Report of the Indian Hemp Drugs Commission, 1894-1895 - Volume II
Year: 1894
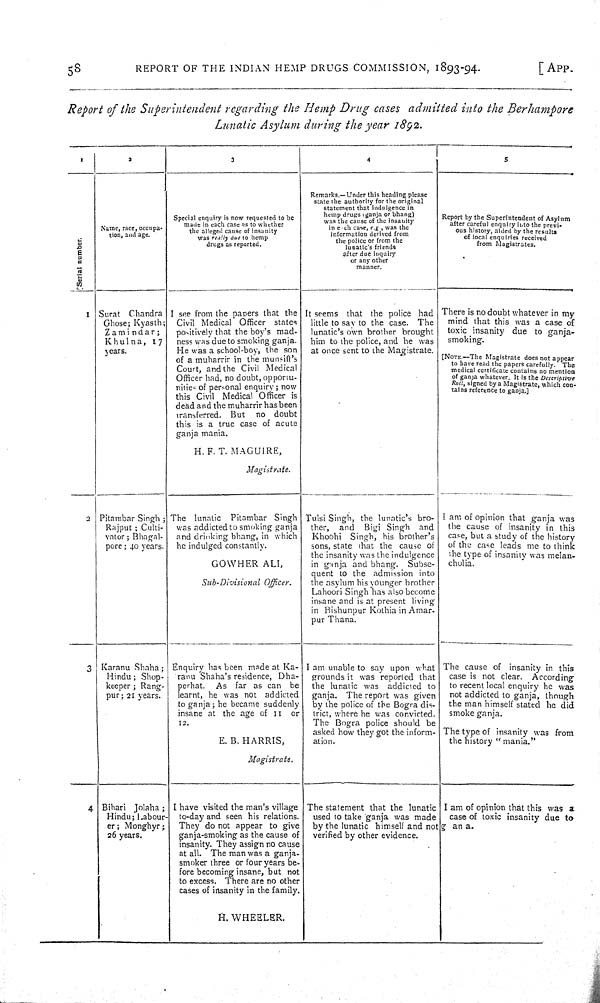
58
REPORT OF THE INDIAN HEMP DRUGS COMMISSION, 1893-94.
[APP.
Report of the Superintendent regarding the Hemp Drug cases admitted into the Berhampore
Lunatic Asylum during the year 1892.
1
2
3
4
5
Serial number.
Name, race, occupa-
tion, and age.
Special enquiry is now requested to be
made in each case as to whether
the alleged cause of insanity
was really due to hemp
drugs as reported.
Remarks.—Under this heading please
state the authority for the original
statement that indulgence in
hemp drugs (ganja or bhang)
was the cause of the insanity
in each case, e.g, was the
information derived from
the police or from the
lunatic's friends
after due inquiry
or any other
manner.
Report by the Superintendent of Asylum
after careful enquiry into the previ-
ous history, aided by the results
of local enquiries received
from Magistrates.
Serial number.
Name, race, occupa-
tion, and age.
Special enquiry is now requested to be
made in each case as to whether
the alleged cause of insanity
was really due to hemp
drugs as reported.
Remarks.—Under this heading please
state the authority for the original
statement that indulgence in
hemp drugs (ganja or bhang)
was the cause of the insanity
in each case, e.g, was the
information derived from
the police or from the
lunatic's friends
after due inquiry
or any other
manner.
Report by the Superintendent of Asylum
after careful enquiry into the previ-
ous history, aided by the results
of local enquiries received
from Magistrates.
Serial number.
Name, race, occupa-
tion, and age.
Special enquiry is now requested to be
made in each case as to whether
the alleged cause of insanity
was really due to hemp
drugs as reported.
Remarks.—Under this heading please
state the authority for the original
statement that indulgence in
hemp drugs (ganja or bhang)
was the cause of the insanity
in each case, e.g, was the
information derived from
the police or from the
lunatic's friends
after due inquiry
or any other
manner.
Report by the Superintendent of Asylum
after careful enquiry into the previ-
ous history, aided by the results
of local enquiries received
from Magistrates.
Serial number.
Name, race, occupa-
tion, and age.
Special enquiry is now requested to be
made in each case as to whether
the alleged cause of insanity
was really due to hemp
drugs as reported.
Remarks.—Under this heading please
state the authority for the original
statement that indulgence in
hemp drugs (ganja or bhang)
was the cause of the insanity
in each case, e.g, was the
information derived from
the police or from the
lunatic's friends
after due inquiry
or any other
manner.
Report by the Superintendent of Asylum
after careful enquiry into the previ-
ous history, aided by the results
of local enquiries received
from Magistrates.
Serial number.
Name, race, occupa-
tion, and age.
Special enquiry is now requested to be
made in each case as to whether
the alleged cause of insanity
was really due to hemp
drugs as reported.
Remarks.—Under this heading please
state the authority for the original
statement that indulgence in
hemp drugs (ganja or bhang)
was the cause of the insanity
in each case, e.g, was the
information derived from
the police or from the
lunatic's friends
after due inquiry
or any other
manner.
Report by the Superintendent of Asylum
after careful enquiry into the previ-
ous history, aided by the results
of local enquiries received
from Magistrates.
Serial number.
Name, race, occupa-
tion, and age.
Special enquiry is now requested to be
made in each case as to whether
the alleged cause of insanity
was really due to hemp
drugs as reported.
Remarks.—Under this heading please
state the authority for the original
statement that indulgence in
hemp drugs (ganja or bhang)
was the cause of the insanity
in each case, e.g, was the
information derived from
the police or from the
lunatic's friends
after due inquiry
or any other
manner.
Report by the Superintendent of Asylum
after careful enquiry into the previ-
ous history, aided by the results
of local enquiries received
from Magistrates.
Serial number.
Name, race, occupa-
tion, and age.
Special enquiry is now requested to be
made in each case as to whether
the alleged cause of insanity
was really due to hemp
drugs as reported.
Remarks.—Under this heading please
state the authority for the original
statement that indulgence in
hemp drugs (ganja or bhang)
was the cause of the insanity
in each case, e.g, was the
information derived from
the police or from the
lunatic's friends
after due inquiry
or any other
manner.
Report by the Superintendent of Asylum
after careful enquiry into the previ-
ous history, aided by the results
of local enquiries received
from Magistrates.
Serial number.
Name, race, occupa-
tion, and age.
Special enquiry is now requested to be
made in each case as to whether
the alleged cause of insanity
was really due to hemp
drugs as reported.
Remarks.—Under this heading please
state the authority for the original
statement that indulgence in
hemp drugs (ganja or bhang)
was the cause of the insanity
in each case, e.g, was the
information derived from
the police or from the
lunatic's friends
after due inquiry
or any other
manner.
Report by the Superintendent of Asylum
after careful enquiry into the previ-
ous history, aided by the results
of local enquiries received
from Magistrates.
Serial number.
Name, race, occupa-
tion, and age.
Special enquiry is now requested to be
made in each case as to whether
the alleged cause of insanity
was really due to hemp
drugs as reported.
Remarks.—Under this heading please
state the authority for the original
statement that indulgence in
hemp drugs (ganja or bhang)
was the cause of the insanity
in each case, e.g, was the
information derived from
the police or from the
lunatic's friends
after due inquiry
or any other
manner.
Report by the Superintendent of Asylum
after careful enquiry into the previ-
ous history, aided by the results
of local enquiries received
from Magistrates.
Serial number.
Name, race, occupa-
tion, and age.
Special enquiry is now requested to be
made in each case as to whether
the alleged cause of insanity
was really due to hemp
drugs as reported.
Remarks.—Under this heading please
state the authority for the original
statement that indulgence in
hemp drugs (ganja or bhang)
was the cause of the insanity
in each case, e.g, was the
information derived from
the police or from the
lunatic's friends
after due inquiry
or any other
manner.
Report by the Superintendent of Asylum
after careful enquiry into the previ-
ous history, aided by the results
of local enquiries received
from Magistrates.
1 Surat Chandra
Ghose; Kyasth;
Zamindar;
Khulna, 17
years.
I see from the papers that the
Civil Medical Officer states
positively that the boy's mad-
ness was due to smoking ganja.
He was a school-boy, the son
of a muharrir in the munsiff's
Court, and the Civil Medical
Officer had, no doubt, opponu-
nities of personal enquiry; now
this Civil Medical Officer is
dead and the muharrir has been
transferred. But no doubt
this is a true case of acute
ganja mania.
H. F. T. MAGUIRE,
Magistrate.
It seems that the police had
little to say to the case. The
lunatic's own brother brought
him to the police, and he was
at once sent to the Magistrate.
There is no doubt whatever in my
mind that this was a case of
toxic insanity due to ganja-
smoking.
[NOTE.—The Magistrate does not appear
to hare read the papers carefully. The
medical certificate contains no mention,
of ganja whatever. It is the Descriptive
Roll, signed by a Magistrate, which con-
tains reference to ganja.]
1 Surat Chandra
Ghose; Kyasth;
Zamindar;
Khulna, 17
years.
I see from the papers that the
Civil Medical Officer states
positively that the boy's mad-
ness was due to smoking ganja.
He was a school-boy, the son
of a muharrir in the munsiff's
Court, and the Civil Medical
Officer had, no doubt, opponu-
nities of personal enquiry; now
this Civil Medical Officer is
dead and the muharrir has been
transferred. But no doubt
this is a true case of acute
ganja mania.
H. F. T. MAGUIRE,
Magistrate.
It seems that the police had
little to say to the case. The
lunatic's own brother brought
him to the police, and he was
at once sent to the Magistrate.
There is no doubt whatever in my
mind that this was a case of
toxic insanity due to ganja-
smoking.
[NOTE.—The Magistrate does not appear
to hare read the papers carefully. The
medical certificate contains no mention,
of ganja whatever. It is the Descriptive
Roll, signed by a Magistrate, which con-
tains reference to ganja.]
1 Surat Chandra
Ghose; Kyasth;
Zamindar;
Khulna, 17
years.
I see from the papers that the
Civil Medical Officer states
positively that the boy's mad-
ness was due to smoking ganja.
He was a school-boy, the son
of a muharrir in the munsiff's
Court, and the Civil Medical
Officer had, no doubt, opponu-
nities of personal enquiry; now
this Civil Medical Officer is
dead and the muharrir has been
transferred. But no doubt
this is a true case of acute
ganja mania.
H. F. T. MAGUIRE,
Magistrate.
It seems that the police had
little to say to the case. The
lunatic's own brother brought
him to the police, and he was
at once sent to the Magistrate.
There is no doubt whatever in my
mind that this was a case of
toxic insanity due to ganja-
smoking.
[NOTE.—The Magistrate does not appear
to hare read the papers carefully. The
medical certificate contains no mention,
of ganja whatever. It is the Descriptive
Roll, signed by a Magistrate, which con-
tains reference to ganja.]
1 Surat Chandra
Ghose; Kyasth;
Zamindar;
Khulna, 17
years.
I see from the papers that the
Civil Medical Officer states
positively that the boy's mad-
ness was due to smoking ganja.
He was a school-boy, the son
of a muharrir in the munsiff's
Court, and the Civil Medical
Officer had, no doubt, opponu-
nities of personal enquiry; now
this Civil Medical Officer is
dead and the muharrir has been
transferred. But no doubt
this is a true case of acute
ganja mania.
H. F. T. MAGUIRE,
Magistrate.
It seems that the police had
little to say to the case. The
lunatic's own brother brought
him to the police, and he was
at once sent to the Magistrate.
There is no doubt whatever in my
mind that this was a case of
toxic insanity due to ganja-
smoking.
[NOTE.—The Magistrate does not appear
to hare read the papers carefully. The
medical certificate contains no mention,
of ganja whatever. It is the Descriptive
Roll, signed by a Magistrate, which con-
tains reference to ganja.]
1 Surat Chandra
Ghose; Kyasth;
Zamindar;
Khulna, 17
years.
I see from the papers that the
Civil Medical Officer states
positively that the boy's mad-
ness was due to smoking ganja.
He was a school-boy, the son
of a muharrir in the munsiff's
Court, and the Civil Medical
Officer had, no doubt, opponu-
nities of personal enquiry; now
this Civil Medical Officer is
dead and the muharrir has been
transferred. But no doubt
this is a true case of acute
ganja mania.
H. F. T. MAGUIRE,
Magistrate.
It seems that the police had
little to say to the case. The
lunatic's own brother brought
him to the police, and he was
at once sent to the Magistrate.
There is no doubt whatever in my
mind that this was a case of
toxic insanity due to ganja-
smoking.
[NOTE.—The Magistrate does not appear
to hare read the papers carefully. The
medical certificate contains no mention,
of ganja whatever. It is the Descriptive
Roll, signed by a Magistrate, which con-
tains reference to ganja.]
2
Pitambar Singh;
Rajput; Culti-
vator; Bhagal-
pore; 40 years.
The lunatic Pitambar Singh
was addicted to smoking ganja
and drinking bhang, in which
he indulged constantly.
GOWHER ALI,
Sub-Divisional Officer.
Tulsi Singh, the lunatic's bro-
ther, and Bigi Singh and
Khoohi Singh, his brother's
sons, state that the cause of
the insanity was the indulgence
in ganja and bhang. Subse-
quent to the admission into
the asylum his younger brother
Lahoori Singh has also become
insane and is at present living
in Bishunpur Kothia in Amar-
pur Thana.
I am of opinion that ganja was
the cause of insanity in this
case, but a study of the history
of the case leads me to think
the type of insanity was melan-
cholia.
2
Pitambar Singh;
Rajput; Culti-
vator; Bhagal-
pore; 40 years.
The lunatic Pitambar Singh
was addicted to smoking ganja
and drinking bhang, in which
he indulged constantly.
GOWHER ALI,
Sub-Divisional Officer.
Tulsi Singh, the lunatic's bro-
ther, and Bigi Singh and
Khoohi Singh, his brother's
sons, state that the cause of
the insanity was the indulgence
in ganja and bhang. Subse-
quent to the admission into
the asylum his younger brother
Lahoori Singh has also become
insane and is at present living
in Bishunpur Kothia in Amar-
pur Thana.
I am of opinion that ganja was
the cause of insanity in this
case, but a study of the history
of the case leads me to think
the type of insanity was melan-
cholia.
2
Pitambar Singh;
Rajput; Culti-
vator; Bhagal-
pore; 40 years.
The lunatic Pitambar Singh
was addicted to smoking ganja
and drinking bhang, in which
he indulged constantly.
GOWHER ALI,
Sub-Divisional Officer.
Tulsi Singh, the lunatic's bro-
ther, and Bigi Singh and
Khoohi Singh, his brother's
sons, state that the cause of
the insanity was the indulgence
in ganja and bhang. Subse-
quent to the admission into
the asylum his younger brother
Lahoori Singh has also become
insane and is at present living
in Bishunpur Kothia in Amar-
pur Thana.
I am of opinion that ganja was
the cause of insanity in this
case, but a study of the history
of the case leads me to think
the type of insanity was melan-
cholia.
2
Pitambar Singh;
Rajput; Culti-
vator; Bhagal-
pore; 40 years.
The lunatic Pitambar Singh
was addicted to smoking ganja
and drinking bhang, in which
he indulged constantly.
GOWHER ALI,
Sub-Divisional Officer.
Tulsi Singh, the lunatic's bro-
ther, and Bigi Singh and
Khoohi Singh, his brother's
sons, state that the cause of
the insanity was the indulgence
in ganja and bhang. Subse-
quent to the admission into
the asylum his younger brother
Lahoori Singh has also become
insane and is at present living
in Bishunpur Kothia in Amar-
pur Thana.
I am of opinion that ganja was
the cause of insanity in this
case, but a study of the history
of the case leads me to think
the type of insanity was melan-
cholia.
2
Pitambar Singh;
Rajput; Culti-
vator; Bhagal-
pore; 40 years.
The lunatic Pitambar Singh
was addicted to smoking ganja
and drinking bhang, in which
he indulged constantly.
GOWHER ALI,
Sub-Divisional Officer.
Tulsi Singh, the lunatic's bro-
ther, and Bigi Singh and
Khoohi Singh, his brother's
sons, state that the cause of
the insanity was the indulgence
in ganja and bhang. Subse-
quent to the admission into
the asylum his younger brother
Lahoori Singh has also become
insane and is at present living
in Bishunpur Kothia in Amar-
pur Thana.
I am of opinion that ganja was
the cause of insanity in this
case, but a study of the history
of the case leads me to think
the type of insanity was melan-
cholia.
2
Pitambar Singh;
Rajput; Culti-
vator; Bhagal-
pore; 40 years.
The lunatic Pitambar Singh
was addicted to smoking ganja
and drinking bhang, in which
he indulged constantly.
GOWHER ALI,
Sub-Divisional Officer.
Tulsi Singh, the lunatic's bro-
ther, and Bigi Singh and
Khoohi Singh, his brother's
sons, state that the cause of
the insanity was the indulgence
in ganja and bhang. Subse-
quent to the admission into
the asylum his younger brother
Lahoori Singh has also become
insane and is at present living
in Bishunpur Kothia in Amar-
pur Thana.
I am of opinion that ganja was
the cause of insanity in this
case, but a study of the history
of the case leads me to think
the type of insanity was melan-
cholia.
3 Karanu Shaha;
Hindu; Shop-
keeper; Rang-
pur; 21 years.
Enquiry has been made at Ka-
ranu Shaha's residence, Dha-
perhat. As far as can be
learnt, he was not addicted
to ganja; he became suddenly
insane at the age of 11 or
12.
E. B. HARRIS,
Magistrate.
I am unable to say upon what
grounds it was reported that
the lunatic was addicted to
ganja. The report was given
by the police of the Bogra dis-
trict, where he was convicted.
The Bogra police should be
asked how they got the inform-
ation.
The cause of insanity in this
case is not clear. According
to recent local enquiry he was
not addicted to ganja, though
the man himself stated he did
smoke ganja.
The type of insanity was from
the history "mania."
3 Karanu Shaha;
Hindu; Shop-
keeper; Rang-
pur; 21 years.
Enquiry has been made at Ka-
ranu Shaha's residence, Dha-
perhat. As far as can be
learnt, he was not addicted
to ganja; he became suddenly
insane at the age of 11 or
12.
E. B. HARRIS,
Magistrate.
I am unable to say upon what
grounds it was reported that
the lunatic was addicted to
ganja. The report was given
by the police of the Bogra dis-
trict, where he was convicted.
The Bogra police should be
asked how they got the inform-
ation.
The cause of insanity in this
case is not clear. According
to recent local enquiry he was
not addicted to ganja, though
the man himself stated he did
smoke ganja.
The type of insanity was from
the history "mania."
3 Karanu Shaha;
Hindu; Shop-
keeper; Rang-
pur; 21 years.
Enquiry has been made at Ka-
ranu Shaha's residence, Dha-
perhat. As far as can be
learnt, he was not addicted
to ganja; he became suddenly
insane at the age of 11 or
12.
E. B. HARRIS,
Magistrate.
I am unable to say upon what
grounds it was reported that
the lunatic was addicted to
ganja. The report was given
by the police of the Bogra dis-
trict, where he was convicted.
The Bogra police should be
asked how they got the inform-
ation.
The cause of insanity in this
case is not clear. According
to recent local enquiry he was
not addicted to ganja, though
the man himself stated he did
smoke ganja.
The type of insanity was from
the history "mania."
3 Karanu Shaha;
Hindu; Shop-
keeper; Rang-
pur; 21 years.
Enquiry has been made at Ka-
ranu Shaha's residence, Dha-
perhat. As far as can be
learnt, he was not addicted
to ganja; he became suddenly
insane at the age of 11 or
12.
E. B. HARRIS,
Magistrate.
I am unable to say upon what
grounds it was reported that
the lunatic was addicted to
ganja. The report was given
by the police of the Bogra dis-
trict, where he was convicted.
The Bogra police should be
asked how they got the inform-
ation.
The cause of insanity in this
case is not clear. According
to recent local enquiry he was
not addicted to ganja, though
the man himself stated he did
smoke ganja.
The type of insanity was from
the history "mania."
3 Karanu Shaha;
Hindu; Shop-
keeper; Rang-
pur; 21 years.
Enquiry has been made at Ka-
ranu Shaha's residence, Dha-
perhat. As far as can be
learnt, he was not addicted
to ganja; he became suddenly
insane at the age of 11 or
12.
E. B. HARRIS,
Magistrate.
I am unable to say upon what
grounds it was reported that
the lunatic was addicted to
ganja. The report was given
by the police of the Bogra dis-
trict, where he was convicted.
The Bogra police should be
asked how they got the inform-
ation.
The cause of insanity in this
case is not clear. According
to recent local enquiry he was
not addicted to ganja, though
the man himself stated he did
smoke ganja.
The type of insanity was from
the history "mania."
3 Karanu Shaha;
Hindu; Shop-
keeper; Rang-
pur; 21 years.
Enquiry has been made at Ka-
ranu Shaha's residence, Dha-
perhat. As far as can be
learnt, he was not addicted
to ganja; he became suddenly
insane at the age of 11 or
12.
E. B. HARRIS,
Magistrate.
I am unable to say upon what
grounds it was reported that
the lunatic was addicted to
ganja. The report was given
by the police of the Bogra dis-
trict, where he was convicted.
The Bogra police should be
asked how they got the inform-
ation.
The cause of insanity in this
case is not clear. According
to recent local enquiry he was
not addicted to ganja, though
the man himself stated he did
smoke ganja.
The type of insanity was from
the history "mania."
3 Karanu Shaha;
Hindu; Shop-
keeper; Rang-
pur; 21 years.
Enquiry has been made at Ka-
ranu Shaha's residence, Dha-
perhat. As far as can be
learnt, he was not addicted
to ganja; he became suddenly
insane at the age of 11 or
12.
E. B. HARRIS,
Magistrate.
I am unable to say upon what
grounds it was reported that
the lunatic was addicted to
ganja. The report was given
by the police of the Bogra dis-
trict, where he was convicted.
The Bogra police should be
asked how they got the inform-
ation.
The cause of insanity in this
case is not clear. According
to recent local enquiry he was
not addicted to ganja, though
the man himself stated he did
smoke ganja.
The type of insanity was from
the history "mania."
3 Karanu Shaha;
Hindu; Shop-
keeper; Rang-
pur; 21 years.
Enquiry has been made at Ka-
ranu Shaha's residence, Dha-
perhat. As far as can be
learnt, he was not addicted
to ganja; he became suddenly
insane at the age of 11 or
12.
E. B. HARRIS,
Magistrate.
I am unable to say upon what
grounds it was reported that
the lunatic was addicted to
ganja. The report was given
by the police of the Bogra dis-
trict, where he was convicted.
The Bogra police should be
asked how they got the inform-
ation.
The cause of insanity in this
case is not clear. According
to recent local enquiry he was
not addicted to ganja, though
the man himself stated he did
smoke ganja.
The type of insanity was from
the history "mania."
4 Bihari Jolaha;
Hindu; Labour-
er; Monghyr;
26 years.
I have visited the man's village
to-day and seen his relations.
They do not appear to give
ganja-smoking as the cause of
insanity. They assign no cause
at all. The man was a ganja-
smoker three or four years be-
fore becoming insane, but not
to excess. There are no other
cases of insanity in the family.
H. WHEELER.
The statement that the lunatic
used to take ganja was made
by the lunatic himself and not
verified by other evidence.
I am of opinion that this was a
case of toxic insanity due to
g an a.
4 Bihari Jolaha;
Hindu; Labour-
er; Monghyr;
26 years.
I have visited the man's village
to-day and seen his relations.
They do not appear to give
ganja-smoking as the cause of
insanity. They assign no cause
at all. The man was a ganja-
smoker three or four years be-
fore becoming insane, but not
to excess. There are no other
cases of insanity in the family.
H. WHEELER.
The statement that the lunatic
used to take ganja was made
by the lunatic himself and not
verified by other evidence.
I am of opinion that this was a
case of toxic insanity due to
g an a.
4 Bihari Jolaha;
Hindu; Labour-
er; Monghyr;
26 years.
I have visited the man's village
to-day and seen his relations.
They do not appear to give
ganja-smoking as the cause of
insanity. They assign no cause
at all. The man was a ganja-
smoker three or four years be-
fore becoming insane, but not
to excess. There are no other
cases of insanity in the family.
H. WHEELER.
The statement that the lunatic
used to take ganja was made
by the lunatic himself and not
verified by other evidence.
I am of opinion that this was a
case of toxic insanity due to
g an a.
4 Bihari Jolaha;
Hindu; Labour-
er; Monghyr;
26 years.
I have visited the man's village
to-day and seen his relations.
They do not appear to give
ganja-smoking as the cause of
insanity. They assign no cause
at all. The man was a ganja-
smoker three or four years be-
fore becoming insane, but not
to excess. There are no other
cases of insanity in the family.
H. WHEELER.
The statement that the lunatic
used to take ganja was made
by the lunatic himself and not
verified by other evidence.
I am of opinion that this was a
case of toxic insanity due to
g an a.